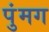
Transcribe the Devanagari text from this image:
पुंमग